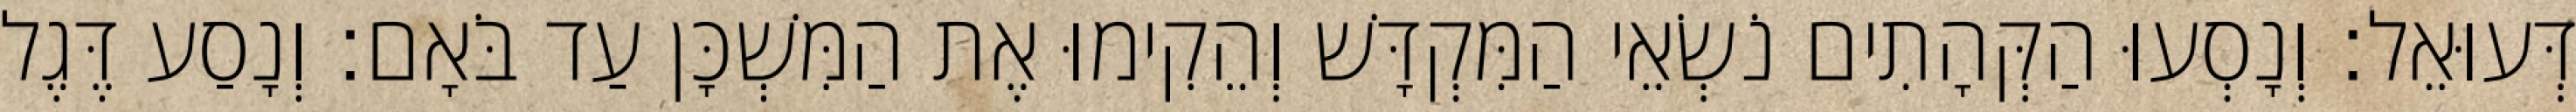
דְּעוּאֵל׃ וְנָסְעוּ הַקְּהָתִים נֹשְׂאֵי הַמִּקְדָּשׁ וְהֵקִימוּ אֶת הַמִּשְׁכָּן עַד בֹּאָם׃ וְנָסַע דֶּגֶל